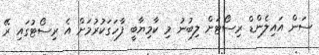
ސަން އައިލެންޑް ރިސޯޓަށް ލިބުނު މި ކާމިޔާބީ ފާހަގަކުރުމަށް އެ ރިސޯޓުގައި ރޭ